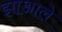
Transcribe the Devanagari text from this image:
झाआले